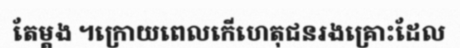
តែម្តង ។ក្រោយពេលកើហេតុជនរងគ្រោះដែល